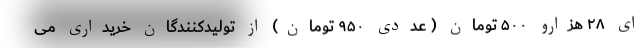
ای ۲۸ هزارو ۵۰۰ تومان ( عددی ۹۵۰ تومان) از تولیدکنندگان خریداری می